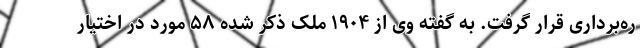
ره‌برداری قرار گرفت. به گفته وی از ۱۹۰۴ ملک ذکر شده ۵۸ مورد در اختیار